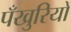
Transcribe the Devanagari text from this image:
पँखुरियों